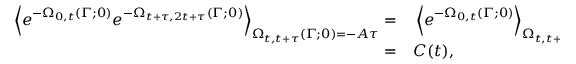
\begin{array} { r l } { \left< e ^ { - \Omega _ { 0 , t } ( \Gamma ; 0 ) } e ^ { - \Omega _ { t + \tau , 2 t + \tau } ( \Gamma ; 0 ) } \right> _ { \Omega _ { t , t + \tau } ( \Gamma ; 0 ) = - A \tau } = } & { { } \left< e ^ { - \Omega _ { 0 , t } ( \Gamma ; 0 ) } \right> _ { \Omega _ { t , t + \tau } ( \Gamma ; 0 ) = - A \tau } \times \hfill } \\ { = } & { { } C ( t ) , } \end{array}